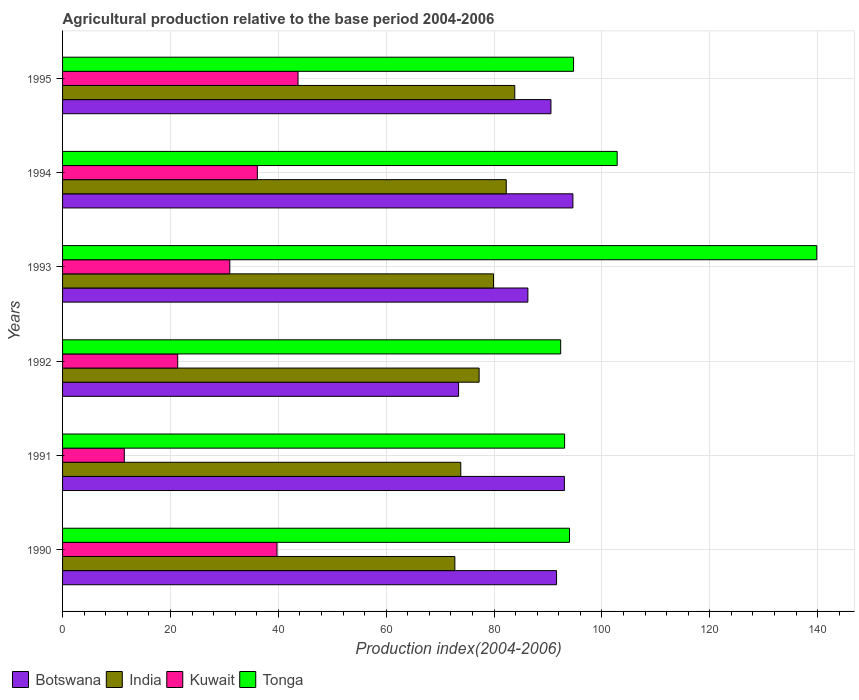
| Years | Botswana | India | Kuwait | Tonga |
 | --- | --- | --- | --- | --- |
 | 1990 | 91.6 | 72.7 | 39.8 | 94 |
 | 1991 | 93 | 73.8 | 11.4 | 93.1 |
 | 1992 | 73.4 | 77.2 | 21.4 | 92.4 |
 | 1993 | 86.3 | 79.9 | 31 | 140 |
 | 1994 | 94.6 | 82.3 | 36.1 | 103 |
 | 1995 | 90.6 | 83.8 | 43.7 | 94.8 |